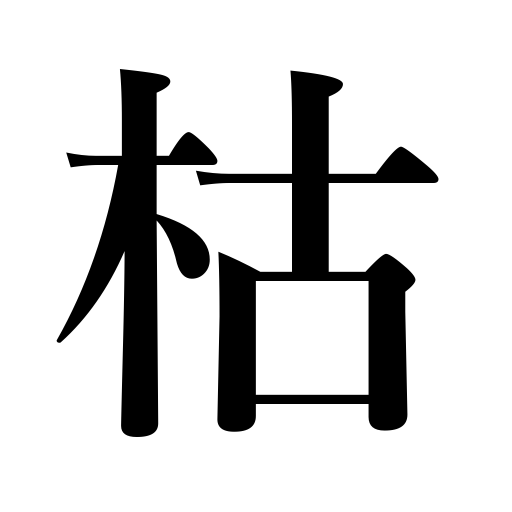
Meanings: kill vegetation,age,be dead,be seasoned,die,wither,let dry,season lumber,fog up